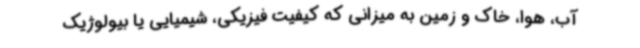
آب، هوا، خاک و زمین به میزانی که کیفیت فیزیکی، شیمیایی یا بیولوژیک